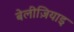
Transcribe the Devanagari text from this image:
बेलीज़ियाइ